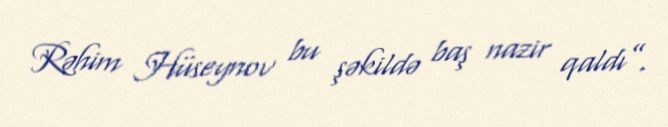
Rəhim Hüseynov bu şəkildə baş nazir qaldı”.